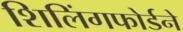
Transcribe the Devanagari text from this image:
शिलिंगफोर्डने